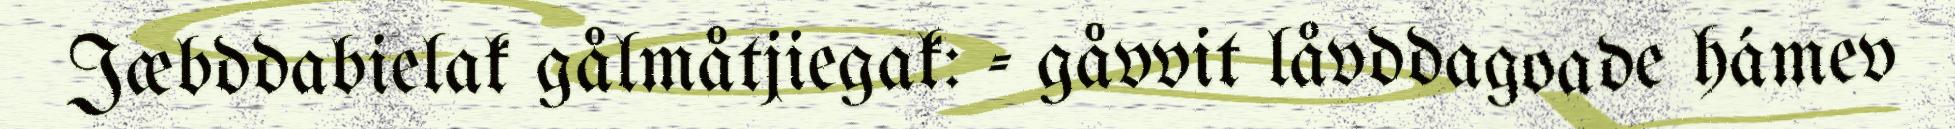
Jæbddabielak gålmåtjiegak: - gåvvit låvddagoade hámev